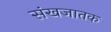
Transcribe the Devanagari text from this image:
संखजातक